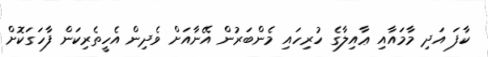
ކާފަ އަދި މާމައާއި ޢާއިލާގެ ހުރިހައި މެންބަރުން އޭނާއަށް ވެދިން އެހީތެރިކަން ފާހަގަކޮށް